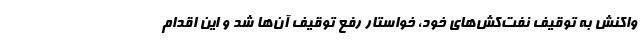
واکنش به توقیف نفت‌کش‌های خود، خواستار رفع توقیف آن‌ها شد و این اقدام